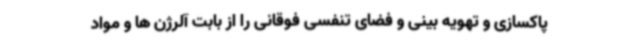
پاکسازی و تهویه بینی و فضای تنفسی فوقانی را از بابت آلرژن ها و مواد